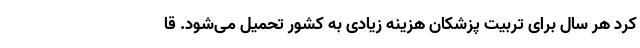
کرد هر سال برای تربیت پزشکان هزینه زیادی به کشور تحمیل می‌شود. قا